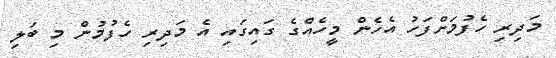
މަދިރި ހެފުމަށްފަހު އެހެން މީހެއްގެ ގައިގައި އެ މަދިރި ހެފުމުން މި ބަލި